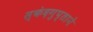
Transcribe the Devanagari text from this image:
स्कंदगुप्ताने